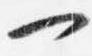
一